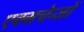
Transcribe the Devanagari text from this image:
एक्सचेन्जों